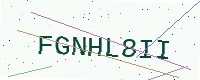
Text: FGNHL8II